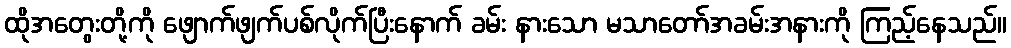
ထိုအတွေးတို့ကို ဖျောက်ဖျက်ပစ်လိုက်ပြီးနောက် ခမ်း နားသော မသာတော်အခမ်းအနားကို ကြည့်နေသည်။